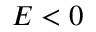
E < 0